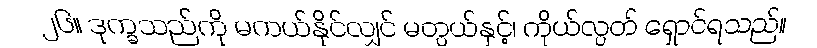
၂၆။ ဒုက္ခသည်ကို မကယ်နိုင်လျှင် မတွယ်နှင့်၊ ကိုယ်လွတ် ရှောင်ရသည်။